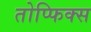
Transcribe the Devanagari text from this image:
तोप्फिक्स